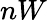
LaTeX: nW